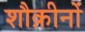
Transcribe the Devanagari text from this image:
शौक़ीनों